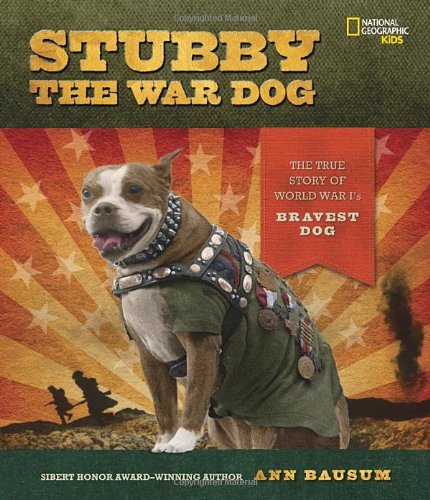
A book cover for Stubby the War Dog: The True Story of World War I's Bravest Dog; Ann Bausum; Children's Books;